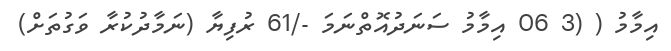
އިމާމު ( (3 06 އިމާމު ސަނަދުއޮތްނަމަ -/61 ރުފިޔާ (ނަމާދުކުރާ ވަގުތަށް)